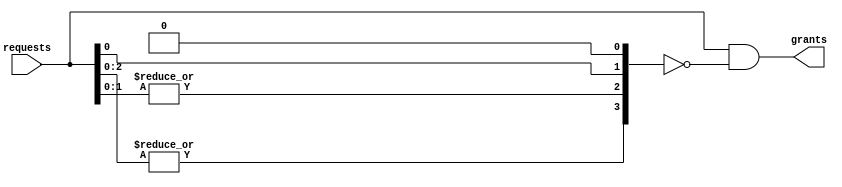
module umi_priority
  #(parameter N   = 4    // number of inputs
    )
   (input [N-1:0]  requests, // request vector ([0] is highest priority)
    output [N-1:0] grants    // outgoing grant vector
    );

   wire [N-1:0]   mask;
   genvar         j;

   // priority maskx
   assign mask[0] = 1'b0;
   for (j=N-1; j>=1; j=j-1)
     begin : ipri
        assign mask[j] = |requests[j-1:0];
     end

   // priority grant circuit
   assign grants[N-1:0] = requests[N-1:0] & ~mask[N-1:0];

endmodule